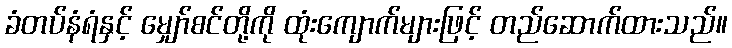
ခံတပ်နံရံနှင့် မျှော်စင်တို့ကို ထုံးကျောက်များဖြင့် တည်ဆောက်ထားသည်။